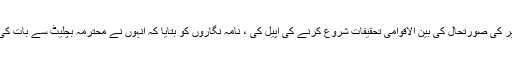
مسٹر قریشی ، جنھوں نے منگل کے روز انسانی حقوق کونسل سے ہندوستان کے زیر انتظام کشمیر کی صورتحال کی بین الاقوامی تحقیقات شروع کرنے کی اپیل کی ، نامہ نگاروں کو بتایا کہ انہوں نے محترمہ بچلیٹ سے بات کی ہے اور انہیں خطے کے ہندوستانی اور پاکستان دونوں حصوں کا دورہ کرنے کی دعوت دی ہے۔